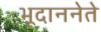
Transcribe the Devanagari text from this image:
भूदाननेते